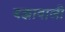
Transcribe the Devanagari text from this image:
बझावाली